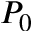
P _ { 0 }